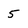
Character: 5